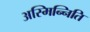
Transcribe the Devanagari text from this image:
अस्मिन्निति